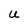
Character: U